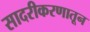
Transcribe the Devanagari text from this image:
सादरीकरणातून